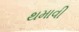
થમાવી